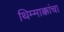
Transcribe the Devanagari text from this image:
थिम्माक्कांचा